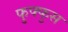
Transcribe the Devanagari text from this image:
फुफ्‍फुस